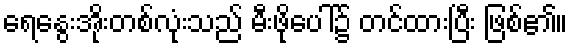
ရေနွေးအိုးတစ်လုံးသည် မီးဖိုပေါ်၌ တင်ထားပြီး ဖြစ်၏။